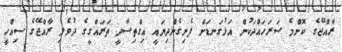
ރާއްޖޭގެ ކޮންމެ ސަރަހައްދަކުން އަޅުގަނޑަށް ފެނިގެންދިޔައީ އިގްތިސާދީ ތަރައްގީގެ ދުވެލި ރާއްޖޭގެ ސިއްހީ